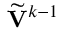
\widetilde { \mathbf { V } } ^ { k - 1 }